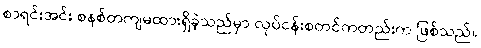
စာရင်းအင်း စနစ်တကျမထားရှိခဲ့သည်မှာ လုပ်ငန်းစတင်ကတည်းက ဖြစ်သည်။